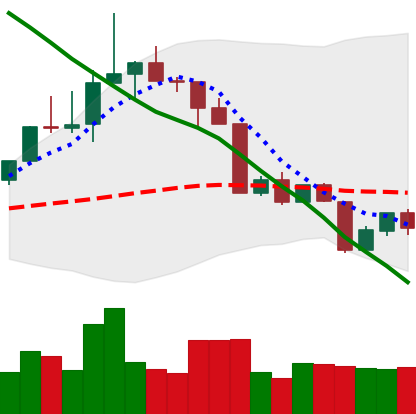
Ticker: TRX-USD
Chart end date: 2022-04-14
Forward return: 5.381%
Label: up_5_7